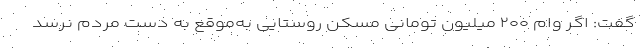
گفت: اگر وام ۲۰۰ میلیون تومانی مسکن روستایی به‌موقع به دست مردم نرسد